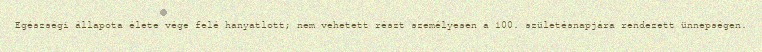
Egészségi állapota élete vége felé hanyatlott; nem vehetett részt személyesen a 100. születésnapjára rendezett ünnepségen.